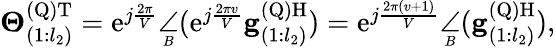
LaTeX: \begin{array}{r}{\mathbf{\Theta}_{(1:l_{2})}^{\mathrm{(Q)}\mathrm{T}}=\mathrm{e}^{j\frac{2\pi}{V}}\underset{^B}{\angle}(\mathrm{e}^{j\frac{2\pi v}{V}}\mathbf{g}_{(1:l_{2})}^{\mathrm{(Q)}\mathrm{H}})=\mathrm{e}^{j\frac{2\pi(v+1)}{V}}\underset{^B}{\angle}(\mathbf{g}_{(1:l_{2})}^{\mathrm{(Q)}\mathrm{H}}),}\end{array}